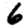
Digit: 6